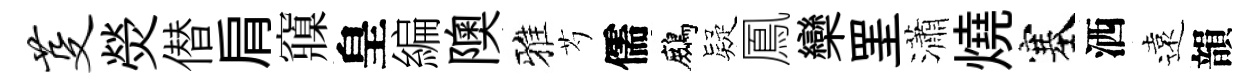
芟熒僣肩䆿皇編隩雅芍儒鷓疑鳳欒罣瀟燒塞洒遠韻